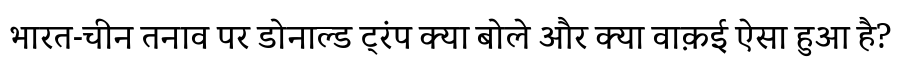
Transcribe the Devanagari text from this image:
भारत-चीन तनाव पर डोनाल्ड ट्रंप क्या बोले और क्या वाक़ई ऐसा हुआ है?